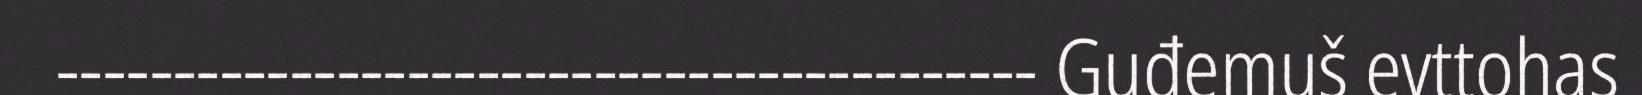
‐‐‐‐‐‐‐‐‐‐‐‐‐‐‐‐‐‐‐‐‐‐‐‐‐‐‐‐‐‐‐‐‐‐‐‐‐‐‐‐‐‐ Guđemuš evttohas